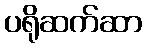
ပရိုဆက်ဆာ